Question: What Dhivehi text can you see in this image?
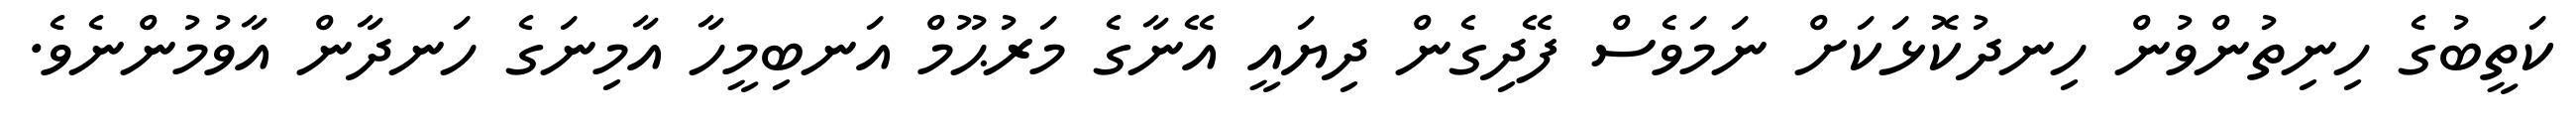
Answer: ކަތީބުގެ ހިނިތުންވުން ހިނދުކޮޅަކަށް ނަމަވެސް ފޭދިގެން ދިޔައީ އޭނާގެ މަރުޙޫމް އަނބިމީހާ އާމިނަގެ ހަނދާން އާވުމުންނެވެ.